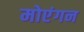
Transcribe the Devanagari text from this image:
मोएंगन